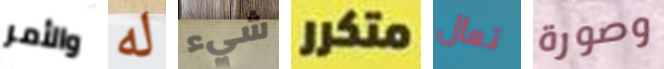
والأمر له شيء متكرر تعال وصورة